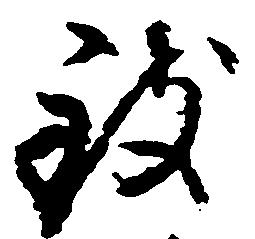
致